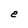
Character: e